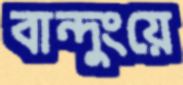
বান্দুংয়ে